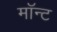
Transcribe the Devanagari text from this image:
मॉन्ट